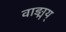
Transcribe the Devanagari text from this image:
वाङ्मय्